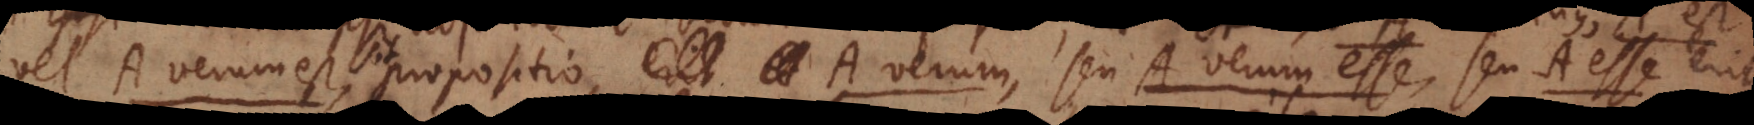
vel A verum est, sit propositio, A verum, seu A verum esse, seu A esse erit